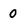
Character: 0